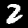
Digit: 2